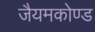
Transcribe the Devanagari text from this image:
जैयमकोण्ड